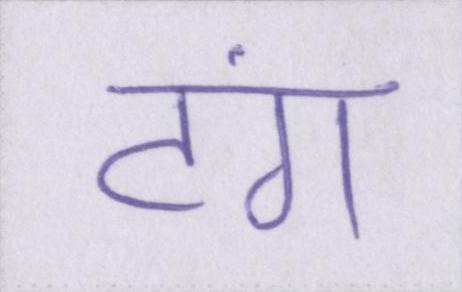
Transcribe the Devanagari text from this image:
टंग